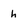
Character: h